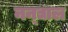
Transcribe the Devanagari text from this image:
नन्द्याल